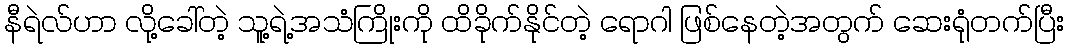
နီရဲလ်ဟာ လို့ခေါ်တဲ့ သူ့ရဲ့အသံကြိုးကို ထိခိုက်နိုင်တဲ့ ရောဂါ ဖြစ်နေတဲ့အတွက် ဆေးရုံတက်ပြီး